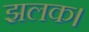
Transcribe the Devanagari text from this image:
झलक।